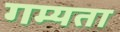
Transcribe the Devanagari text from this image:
गम्यता